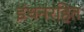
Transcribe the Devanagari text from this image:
इंधनरहित